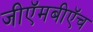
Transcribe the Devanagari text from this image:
जीऍमबीऍच